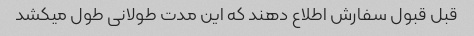
قبل قبول سفارش اطلاع دهند که این مدت طولانی طول میکشد